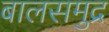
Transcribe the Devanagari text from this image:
बालसमुद्र